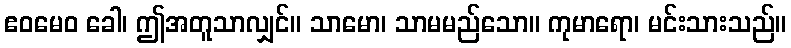
ဧဝမေဝ ခေါ၊ ဤအတူသာလျှင်။ သာမော၊ သာမမည်သော။ ကုမာရော၊ မင်းသားသည်။